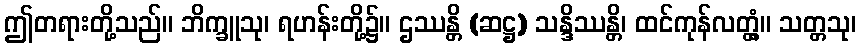
ဤတရားတို့သည်။ ဘိက္ခူသု၊ ရဟန်းတို့၌။ ဌဿန္တိ (ဆဋ္ဌ) သန္ဒိဿန္တိ၊ ထင်ကုန်လတ္တံ့။ သတ္တသု၊